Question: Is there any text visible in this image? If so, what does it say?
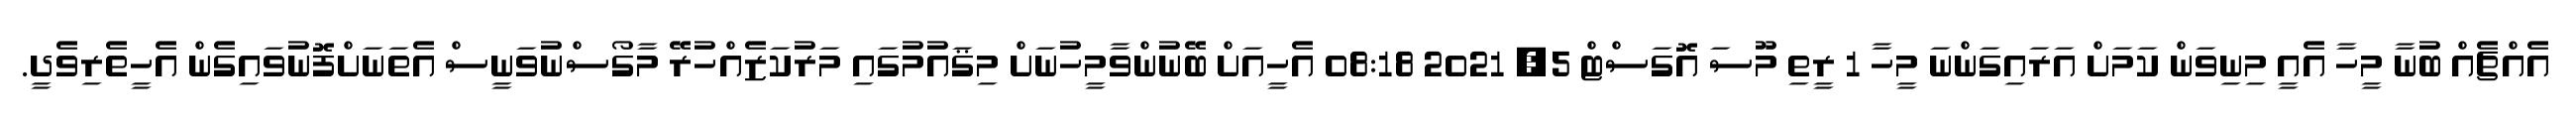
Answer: އެއްޗެއް ބުނާ މީހާ އެއީ މިނިވަން ކަމަށް އަރައިގަންނަ މީހާ 1 ރީތި މޫސަ އޮގަސްޓް 5, 2021 08:18 އެހީއަށް ބޭނުންވާމީހުނަށް މިޤައުމުގައި މަރުކަޒެއްހުރޭ މާގޯސްނުވަނީސް އެތަނަށްފޮނުވައިގެން އެހީތެރިވެދީ.